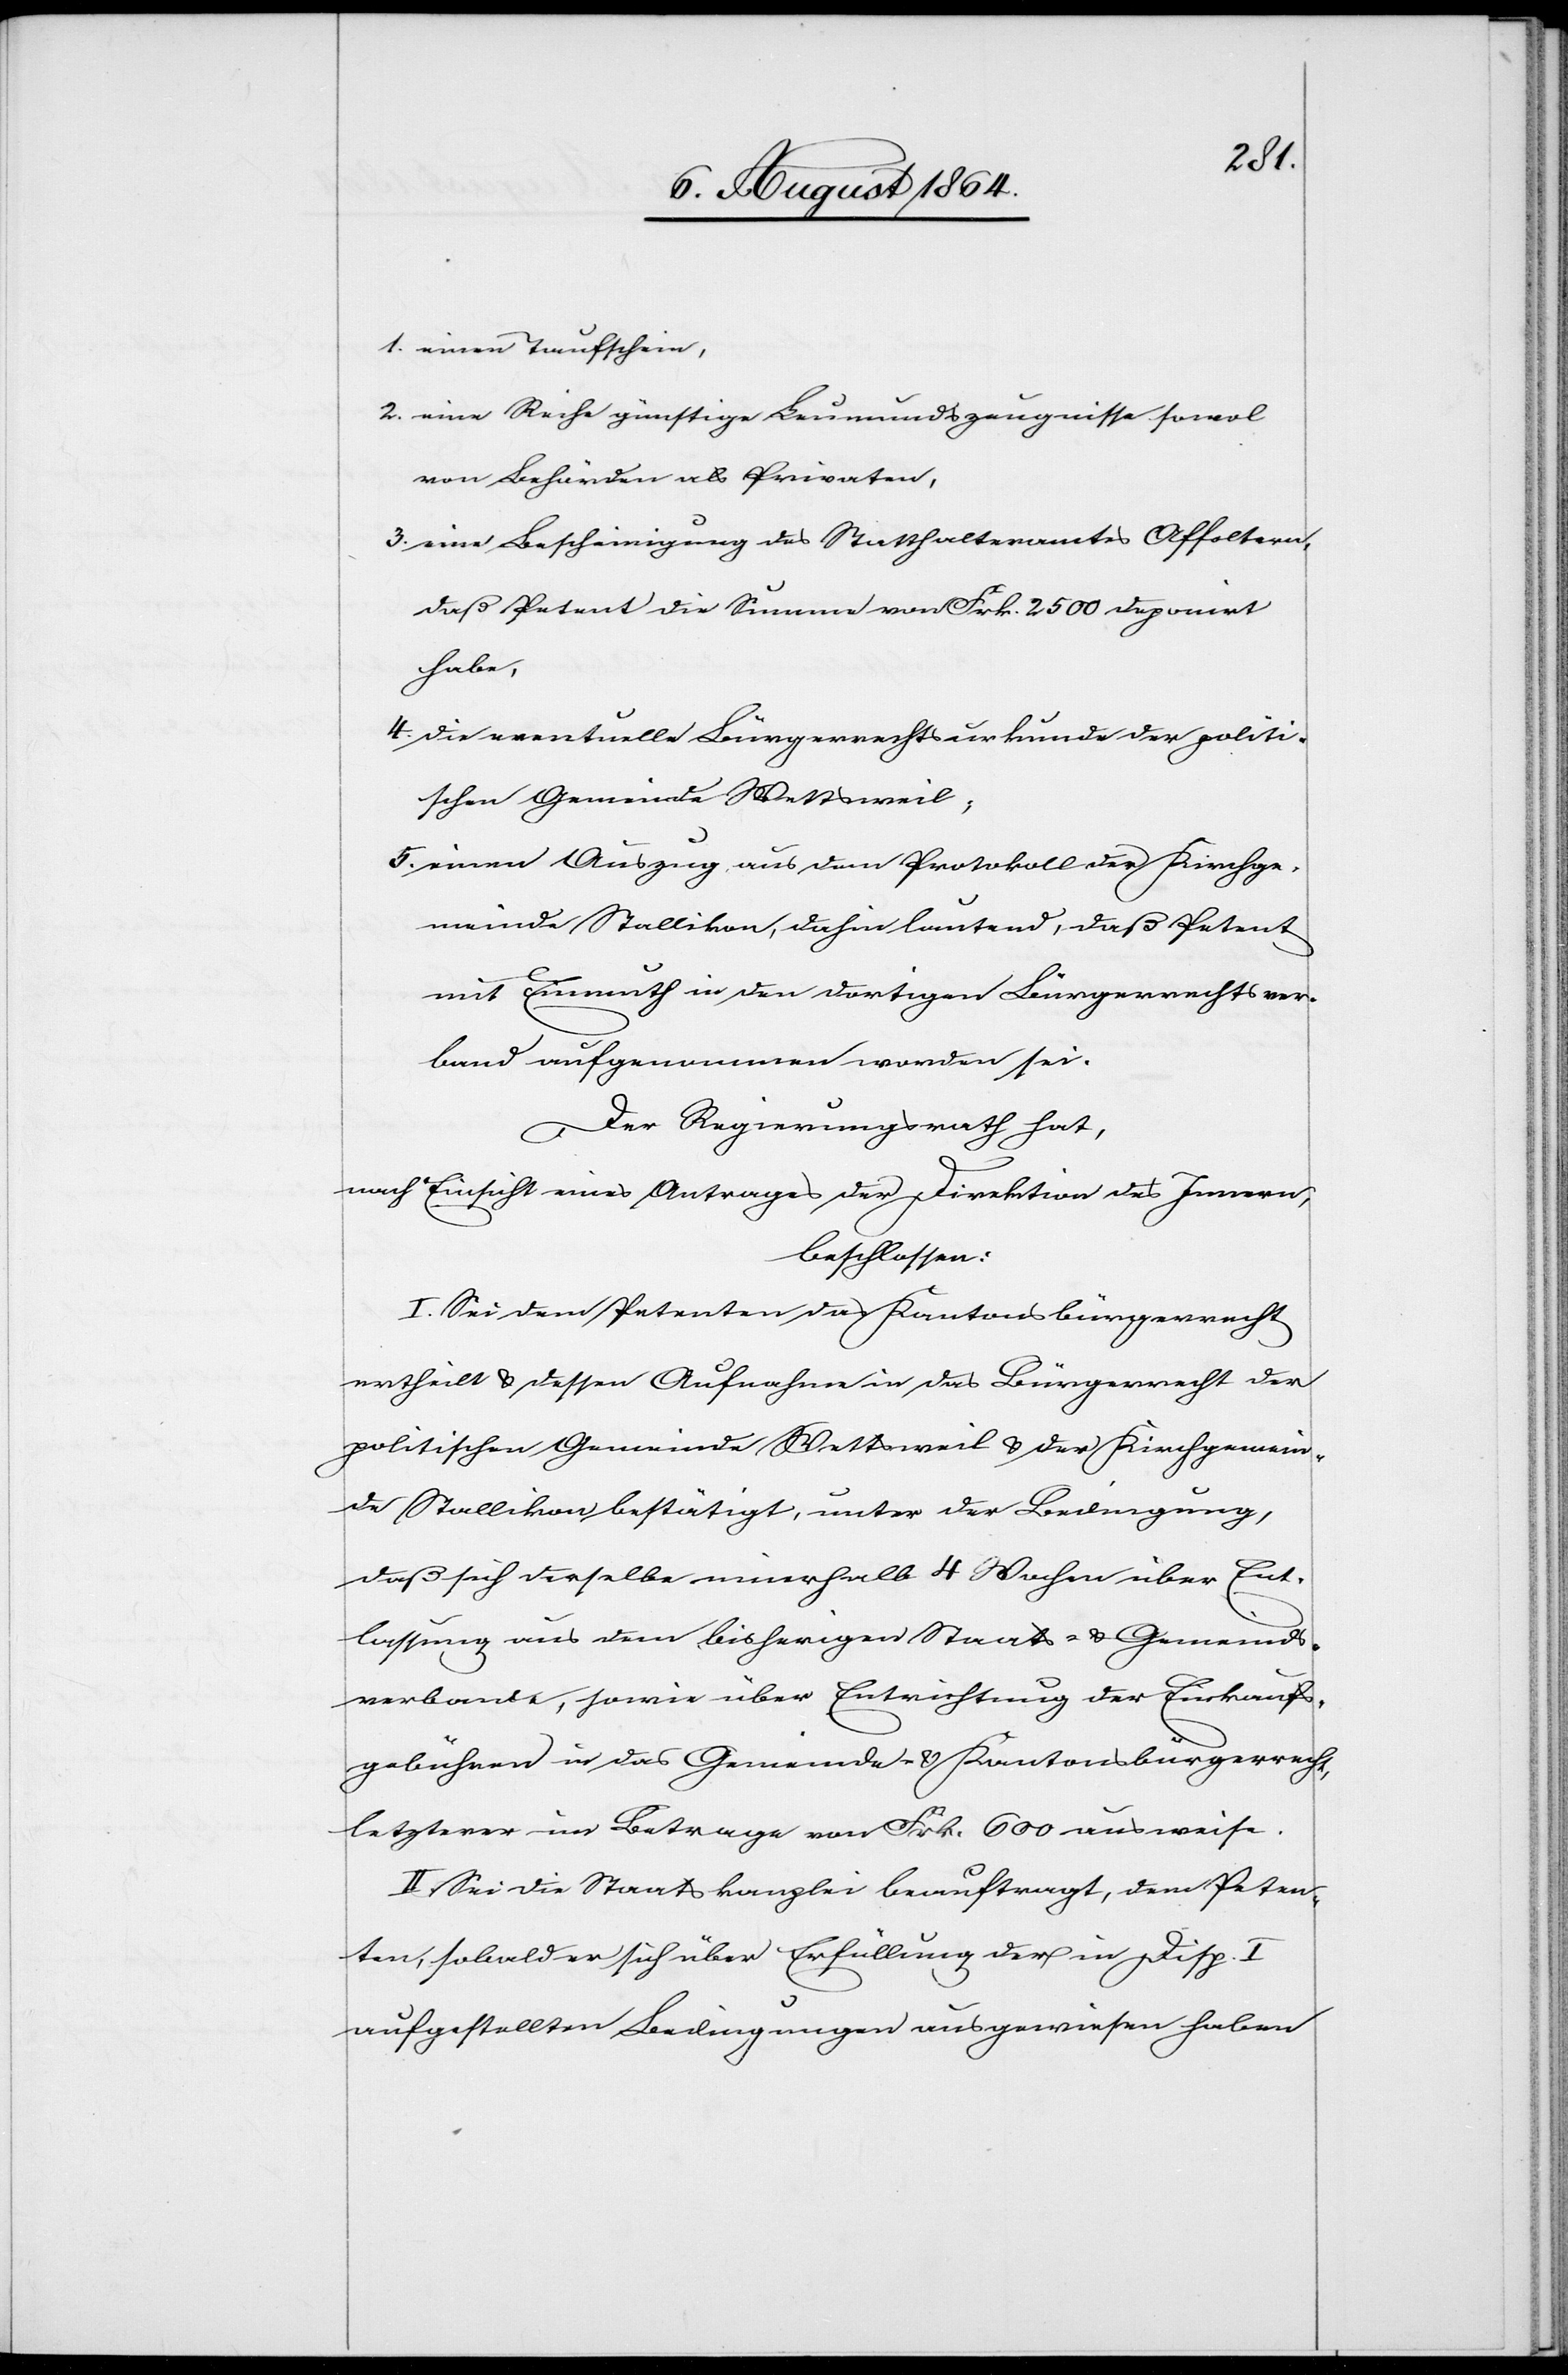
1. einen Taufschein,
2. 	eine Reihe günstige Leumundszeugnisse sowol
von Behörden als Privaten,
3.	eine Bescheinigung des Statthalteramtes Affoltern,
daß Petent die Summe von Frk. 2500 deponirt
habe,
4. 	die eventuelle Bürgerrechtsurkunde der politi¬
schen Gemeinde Wettsweil,
5. 	einen Auszug aus dem Protokoll der Kirchge¬
meinde Stallikon, dahin lautend, daß Petent
mit Einmuth in den dortigen Bürgerrechtsver¬
band aufgenommen worden sei.
Der Regierungsrath hat,
nach Einsicht eines Antrages der Direktion des Innern,
beschlossen:
I. Sei dem Petenten das Kantonsbürgerrecht
ertheilt & dessen Aufnahme in das Bürgerrecht der
politischen Gemeinde Wettsweil & der Kirchgemein¬
de Stallikon bestätigt, unter der Bedingung,
daß sich derselbe innerhalb 4 Wochen über Ent¬
lassung aus dem bisherigen Staats- & Gemeinds¬
verbande, sowie über Entrichtung der Einkaufs¬
gebühren in das Gemeinde- & Kantonsbürgerrecht,
letzterer im Betrage von Frk. 600 ausweise.
II. Sei die Staatskanzlei beauftragt, dem Peten¬
ten, sobald er sich über Erfüllung der in Disp. I.
aufgestellten Bedingungen ausgewiesen haben